Annual report of the Punjab Veterinary College and of the Civil Veterinary Department, Punjab - 1920-1925
Year: 1920
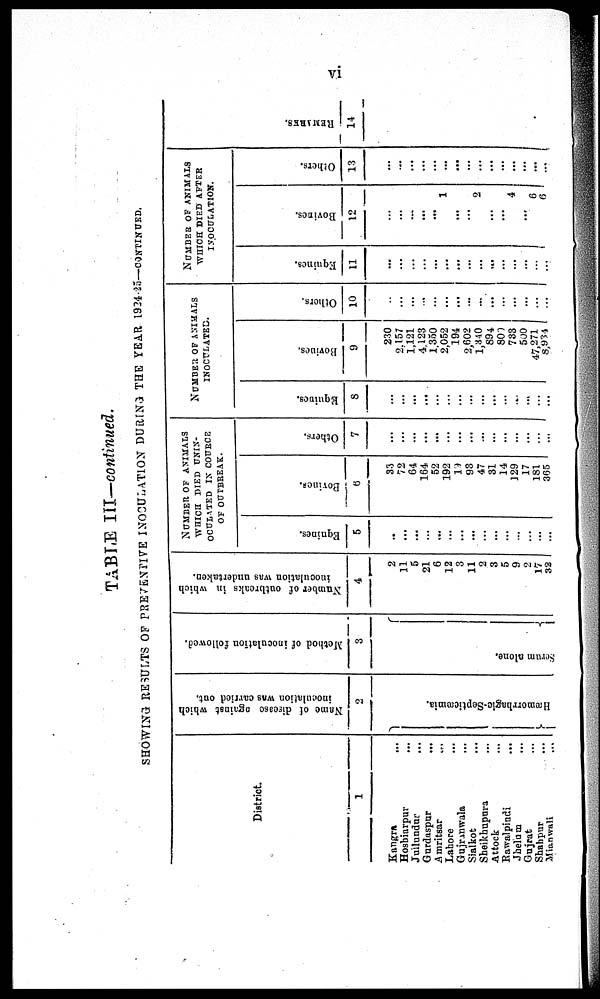
vi
TABLE III—continued.
SHOWING RESULTS OF PREVENTIVE INOCULATION DURING THE YEAR 1924-25-CONTINUED.
District.
1
Kangra ...
Hoshiarpur ...
Jullundur ...
Gurdaspur
...
Amritsar
...
Lahore ...
Gujranwala ...
Sialkot ...
Sheikhupura ...
Attock ...
Rawalpindi
...
Jhelum ...
Gujrat ...
Shahpur ...
Mianwali
...
Name of disease against which
inoculation was carried out.
2
Hæmorrhagic-Septicæmia.
Method of inoculation followed.
3
Se r
um alone.
Number of outbreaks in which
inoculation was undertaken.
4
2
11
5
21
6
12
3
11
2
3
5
9
2
17
32
Number of animals
WHICH DIED UNIN-
OCULATED IN COURCE
OF OUTTBREAK.
Equines.
5
..
...
... ... ...
...
...
...
...
...
...
...
...
...
...
Bovines.
6
33
72
64
164
52
192
19
93
47
31
14
129
17
181
365
Others.
7
...
...
... ... ...
...
...
...
...
...
...
...
...
...
...
NUMBER OF ANIMALS
INOCULATED.
Equines.
8
...
...
... ... ...
...
...
...
...
...
...
...
...
...
...
Bovines.
9
230
2,157
1,121
4,123
1,350
2,052
194
2,602
1,340
894
800
500
47,271
8,934
...
Others.
10
..
...
... ... ...
...
...
...
...
...
...
...
...
...
...
Number of animals
which died after
inOculation.
Equines.
11
...
...
... ... ...
...
...
...
...
...
...
...
...
...
...
Bovines.
12
...
...
... ...
...
1
...
...
2
...
...
4
...
6
6
Others.
13
...
...
... ... ...
...
...
...
...
...
...
...
...
...
...
REMARKS
14